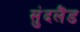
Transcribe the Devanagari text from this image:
सुंदलैंड